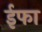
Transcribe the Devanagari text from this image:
ईफा